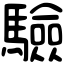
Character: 驗